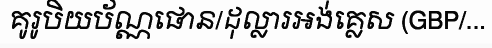
គូរូបិយប័ណ្ណផោន/ដុល្លារអង់គ្លេស (GBP/...